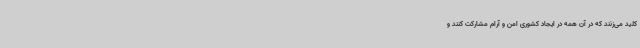
کلید می‌زنند که در آن همه در ایجاد کشوری امن و آرام مشارکت کنند و